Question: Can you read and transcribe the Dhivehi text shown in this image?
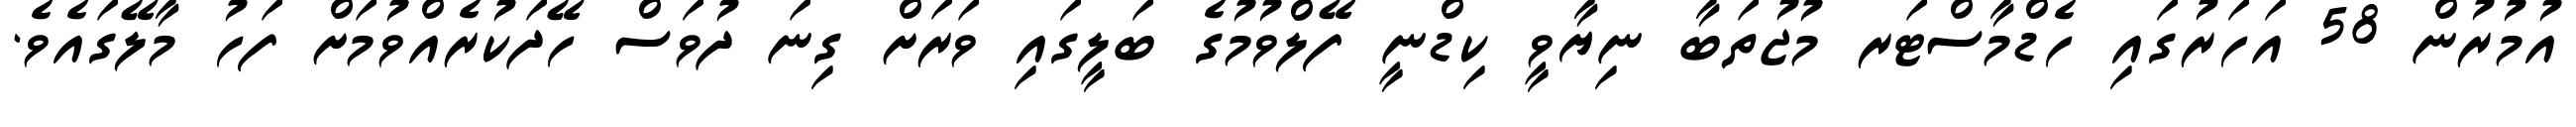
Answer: އުމުރުން 58 އަހަރުގައި ހެޑްމާސްޓަރ މުޖުތަބާ ނިޔާވީ ކިޑްނީ ފޭލްވުމުގެ ބަލީގައި ވަރަށް ގިނަ ދުވަސް ހޭދަކުރެއްވުމަށް ފަހު މާލޭގައެވެ.